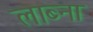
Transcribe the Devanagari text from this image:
लाब्ना